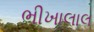
ભીખાલાલ